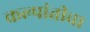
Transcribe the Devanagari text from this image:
कल्पांतीचा